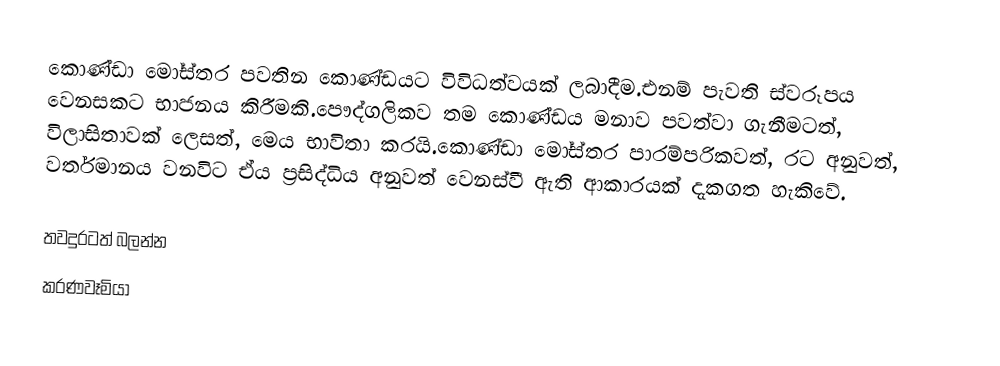
කොණ්ඩා මෝස්තර පවතින කොණ්ඩයට විවිධත්වයක් ලබාදීම.එනම් පැවති ස්වරූපය වෙනසකට භාජනය කිරීමකි.පෞද්ගලිකව තම කොණ්ඩය මනාව පවත්වා ගැනීමටත්, විලාසිතාවක් ලෙසත්, මෙය භාවිතා කරයි.කොණ්ඩා මෝස්තර පාරම්පරිකවත්, රට අනුවත්, වර්තමානය වනවිට ඒය ප්‍රසිද්ධිය අනුවත් වෙනස්වී ඇති ආකාරයක් දැකගත හැකිවේ.

තවදුරටත් බලන්න
 කරණවෑමියා